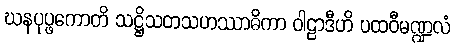
ဃနပုပ္ဖကောတိ သဋ္ဌိသတသဟဿာဓိကာ ဝါဠာဒီဟိ ပထဝီမဏ္ဍလံ